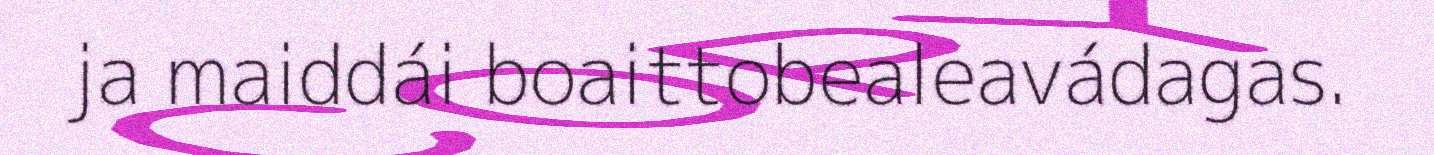
ja maiddái boaittobealeavádagas.